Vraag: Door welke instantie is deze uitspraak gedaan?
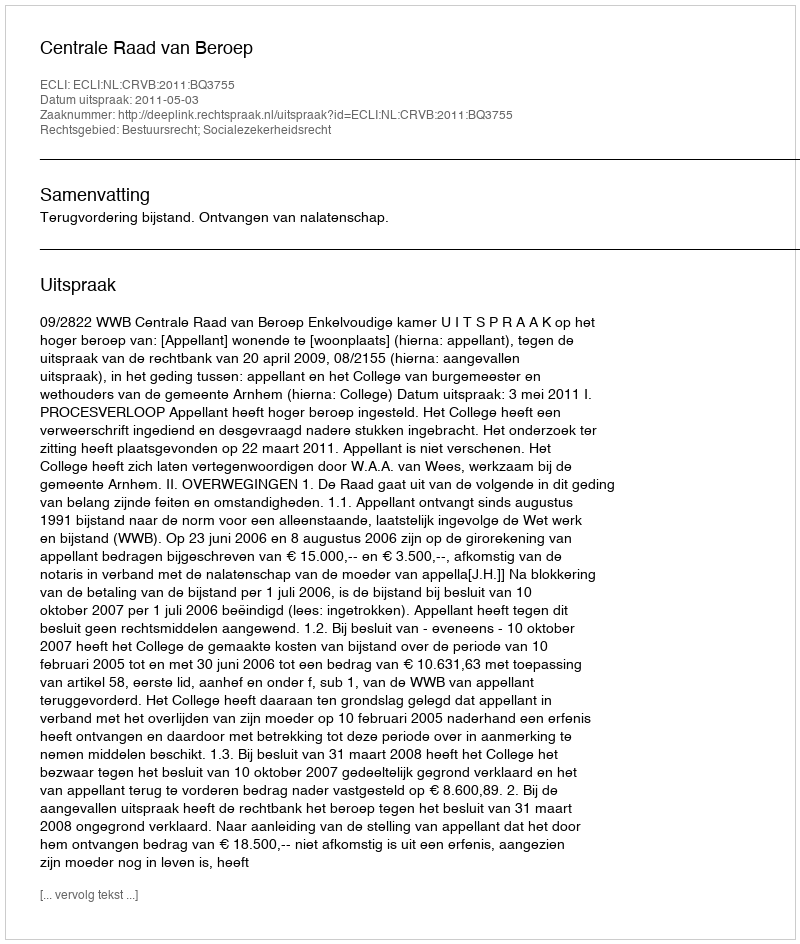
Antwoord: Centrale Raad van Beroep